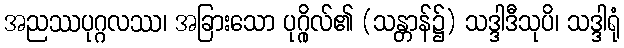
အညဿပုဂ္ဂလဿ၊ အခြားသော ပုဂ္ဂိုလ်၏ (သန္တာန်၌) သဒ္ဒါဒီသုပိ၊ သဒ္ဒါရုံ